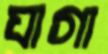
যাগা